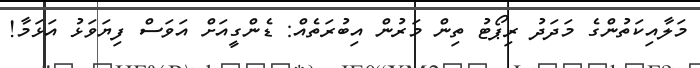
މަލާއިކަތުންގެ މަދަދު ރިޕޯޓު ތިން މަރުން އިބުރަތެއް: ޑެންގީއަށް އަވަސް ފިޔަވަޅު އަޅަމާ!